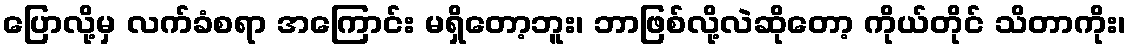
ပြောလို့မှ လက်ခံစရာ အကြောင်း မရှိတော့ဘူး၊ ဘာဖြစ်လို့လဲဆိုတော့ ကိုယ်တိုင် သိတာကိုး၊